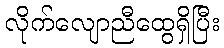
လိုက်လျောညီထွေရှိပြီး